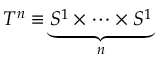
T ^ { n } \equiv \underbrace { S ^ { 1 } \times \dots \times S ^ { 1 } } _ { n }